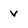
Character: v